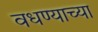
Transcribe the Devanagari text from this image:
वधण्याच्या